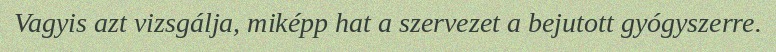
Vagyis azt vizsgálja, miképp hat a szervezet a bejutott gyógyszerre.